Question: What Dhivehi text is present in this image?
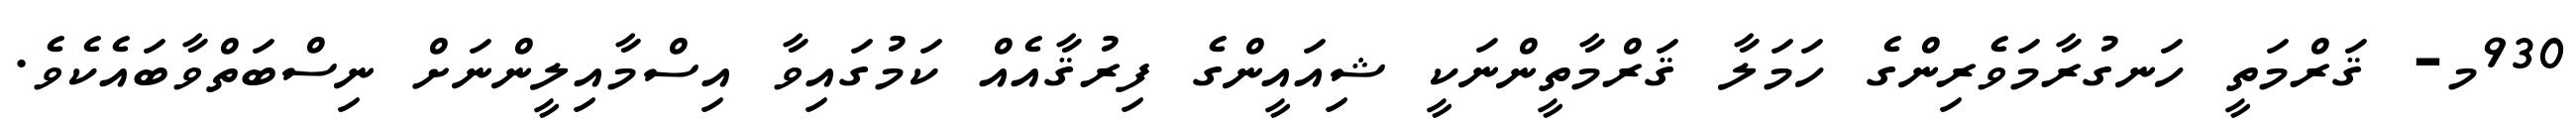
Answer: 930މ- ޤަރްމަތީ ހަނގުރާމަވެރިންގެ ހަމަލާ ޤަރްމާތީންނަކީ ޝިއައީންގެ ފިރުޤާއެއް ކަމުގައިވާ އިސްމާއިލީންނަށް ނިސްބަތްވާބައެކެވެ.